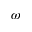
\omega